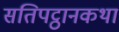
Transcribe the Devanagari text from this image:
सतिपट्ठानकथा